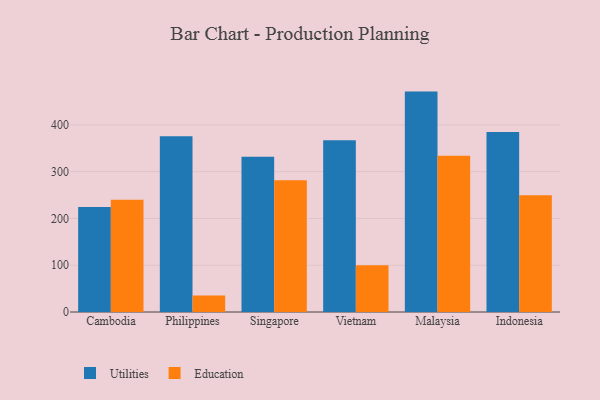
{"axis": {"x": "Country", "y": "Headcount"}, "legend": ["Education", "Utilities"], "data": [{"x": "Cambodia", "y": 224.7, "type": "Utilities"}, {"x": "Cambodia", "y": 239.9, "type": "Education"}, {"x": "Philippines", "y": 375.5, "type": "Utilities"}, {"x": "Philippines", "y": 35.5, "type": "Education"}, {"x": "Singapore", "y": 331.9, "type": "Utilities"}, {"x": "Singapore", "y": 281.7, "type": "Education"}, {"x": "Vietnam", "y": 367.0, "type": "Utilities"}, {"x": "Vietnam", "y": 100.1, "type": "Education"}, {"x": "Malaysia", "y": 471.2, "type": "Utilities"}, {"x": "Malaysia", "y": 333.8, "type": "Education"}, {"x": "Indonesia", "y": 384.9, "type": "Utilities"}, {"x": "Indonesia", "y": 249.7, "type": "Education"}]}